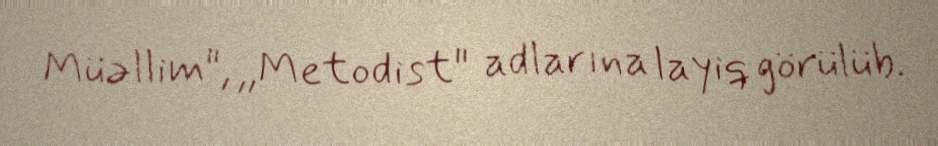
Müəllim", ,,Metodist" adlarına layiq görülüb.